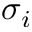
\sigma _ { i }